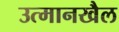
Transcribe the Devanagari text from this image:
उत्मानखैल